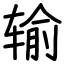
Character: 输